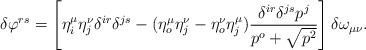
LaTeX: \begin{align*}\delta\varphi^{rs}= \left[\eta^\mu_i\eta^\nu_j\delta^{ir}\delta^{js}-(\eta^\mu_o\eta^\nu_j-\eta^\nu_o\eta^\mu_j)\frac{\delta^{ir}\delta^{js}p^j}{p^o+\sqrt{p^2}}\right]\delta\omega_{\mu\nu}. \end{align*}